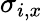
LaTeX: \sigma_{i,x}